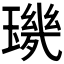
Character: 𱯡